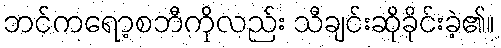
ဘင်ကရော့စဘီကိုလည်း သီချင်းဆိုခိုင်းခဲ့၏။